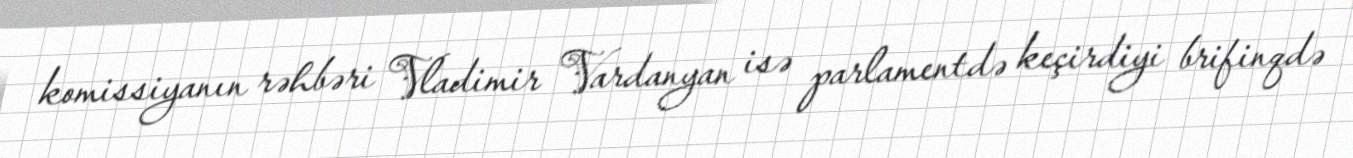
komissiyanın rəhbəri Vladimir Vardanyan isə parlamentdə keçirdiyi brifinqdə